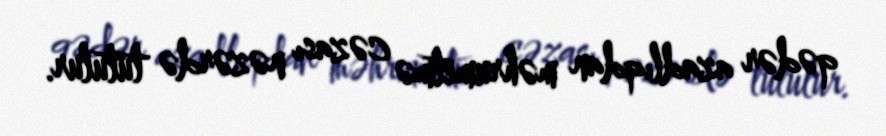
qədər azadlıqdan məhrumetmə cəzası nəzərdə tutulur.